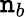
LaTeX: \mathtt{n}_{b}